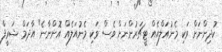
ކުދިންނަށް ވަކި މެނުއަލްއެއް ޓީޗަރުންނަށް ވެސް ވަކި މެނުއަލެއް އޮންނާނެ" އާދަމް ޝަރީފް